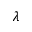
\lambda